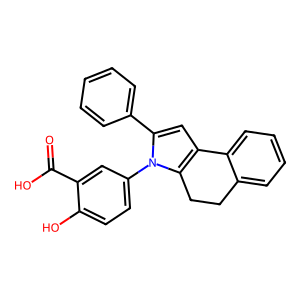
SMILES: O=C(O)c1cc(-n2c(-c3ccccc3)cc3c2CCc2ccccc2-3)ccc1O
Inhibits HIV replication: No